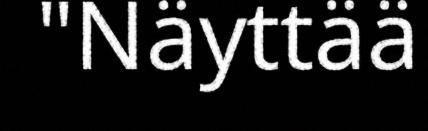
"Näyttää